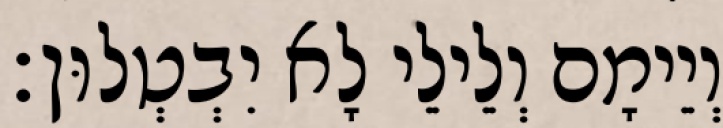
וְיֵימָם וְלֵילֵי לָא יִבְטְלוּן׃